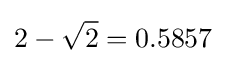
2-{\sqrt {2}}=0.5857